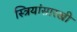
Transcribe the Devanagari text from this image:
स्त्रियांसारखी